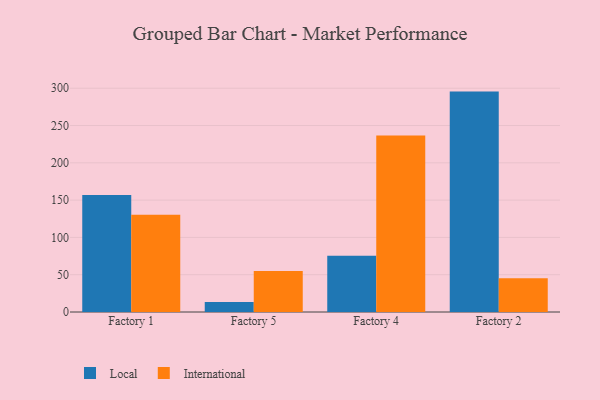
{"axis": {"x": "Factory", "y": "Churn Rate (%)"}, "legend": ["International", "Local"], "data": [{"x": "Factory 1", "y": 157.0, "type": "Local"}, {"x": "Factory 1", "y": 130.5, "type": "International"}, {"x": "Factory 5", "y": 13.5, "type": "Local"}, {"x": "Factory 5", "y": 54.9, "type": "International"}, {"x": "Factory 4", "y": 75.3, "type": "Local"}, {"x": "Factory 4", "y": 236.5, "type": "International"}, {"x": "Factory 2", "y": 295.5, "type": "Local"}, {"x": "Factory 2", "y": 45.4, "type": "International"}]}